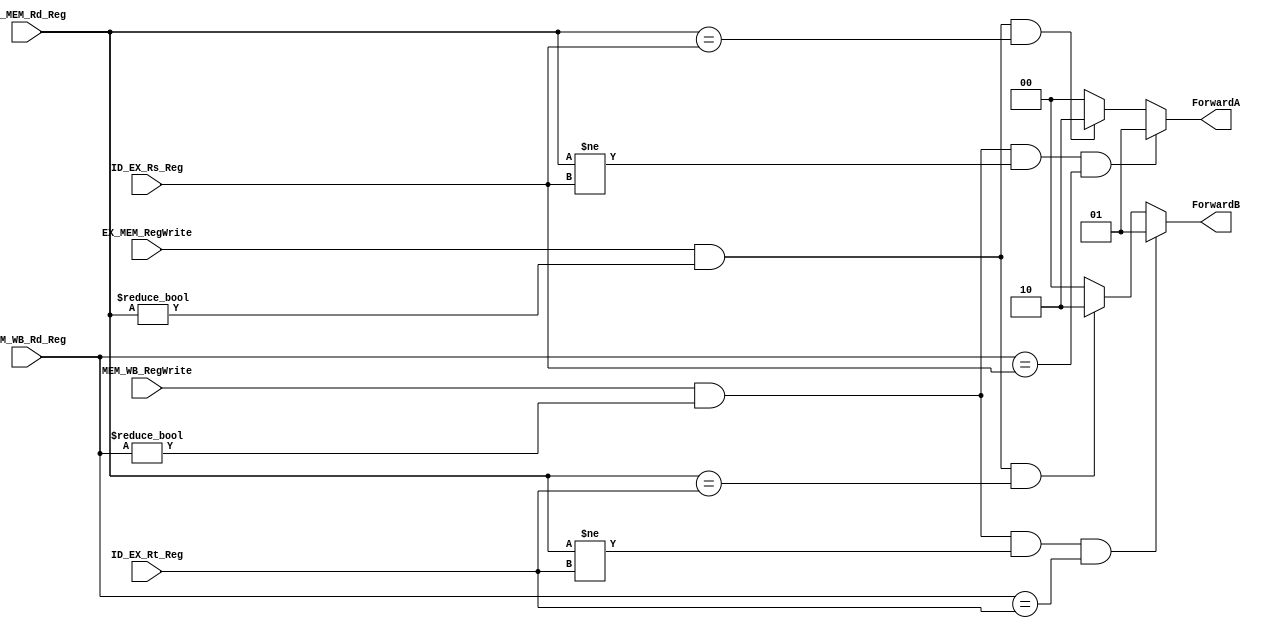
module ForwardingUnit(
  input EX_MEM_RegWrite,
  input MEM_WB_RegWrite,
  input [4:0] ID_EX_Rs_Reg,
  input [4:0] ID_EX_Rt_Reg,
  input [4:0] EX_MEM_Rd_Reg,
  input [4:0] MEM_WB_Rd_Reg,
  
  output reg [1:0] ForwardA,
  output reg [1:0] ForwardB
);

  always @(*)
  begin
    ForwardA <= 2'b00;
    ForwardB <= 2'b00;
    if(EX_MEM_RegWrite && (EX_MEM_Rd_Reg != 0) && (EX_MEM_Rd_Reg == ID_EX_Rs_Reg))
    begin
      ForwardA <= 2'b10;
    end
    if(EX_MEM_RegWrite && (EX_MEM_Rd_Reg != 0) && (EX_MEM_Rd_Reg == ID_EX_Rt_Reg))
    begin
      ForwardB <= 2'b10;
    end
    if(MEM_WB_RegWrite && (MEM_WB_Rd_Reg != 0) && (EX_MEM_Rd_Reg != ID_EX_Rs_Reg) && (MEM_WB_Rd_Reg == ID_EX_Rs_Reg)) 
    begin
      ForwardA <= 2'b01;
    end
    if(MEM_WB_RegWrite && (MEM_WB_Rd_Reg != 0) && (EX_MEM_Rd_Reg != ID_EX_Rt_Reg) && (MEM_WB_Rd_Reg == ID_EX_Rt_Reg))
    begin
      ForwardB <= 2'b01;
    end
  end

endmodule